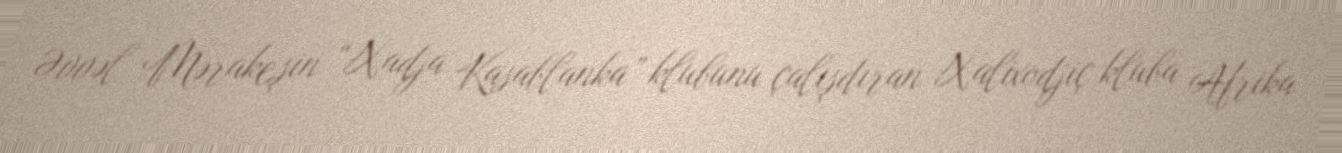
Əvvəl Mərakeşin “Xadja Kasablanka” klubunu çalışdıran Xalixodjiç kluba Afrika